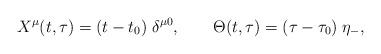
LaTeX: \begin{align*}X^\mu(t,\tau)=(t-t_0)\;\delta^{\mu0},\quad\quad\Theta(t,\tau)=(\tau-\tau_0)\;\eta_-,\end{align*}